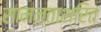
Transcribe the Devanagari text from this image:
सामन्ताश्रित